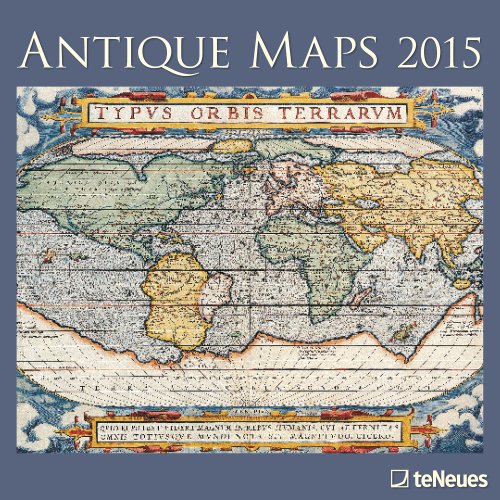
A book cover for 2015 Antique Maps Wall Calendar; Various; Calendars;